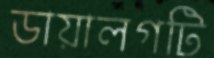
ডায়ালগটি